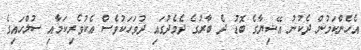
އެހެންކަމުން ދެކުނު އޭޝިޔާގެ ބޮޑު ދެ ބާރުގެ ދެމެދުގައި ދުވަހަކުވެސް އެކުވެރިކަމާއި ސުލްހައިގެ